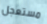
مستعجل